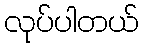
လုပ်ပါတယ်